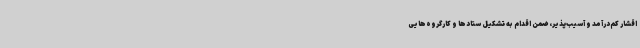
اقشار کم‌درآمد و آسیب‌پذیر، ضمن اقدام به تشکیل ستادها و کارگروه‌هایی